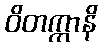
ဝိတက္ကာနိ